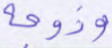
وزوجه